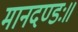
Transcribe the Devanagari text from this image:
मानदण्डः॥